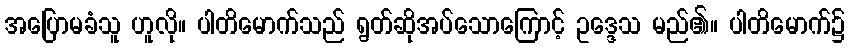
အပြောမခံသူ ဟူလို။ ပါတိမောက်သည် ရွတ်ဆိုအပ်သောကြောင့် ဥဒ္ဒေသ မည်၏။ ပါတိမောက်၌